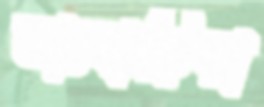
ভাংবাড়িয়া